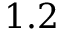
1 . 2